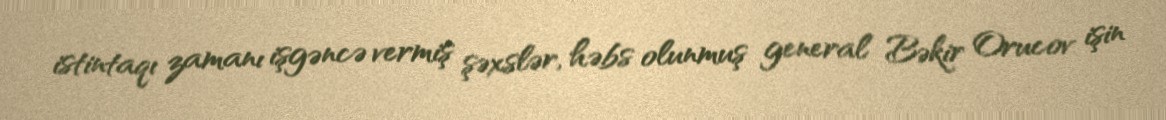
istintaqı zamanı işgəncə vermiş şəxslər, həbs olunmuş general Bəkir Orucov işin